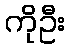
ကိုဦး